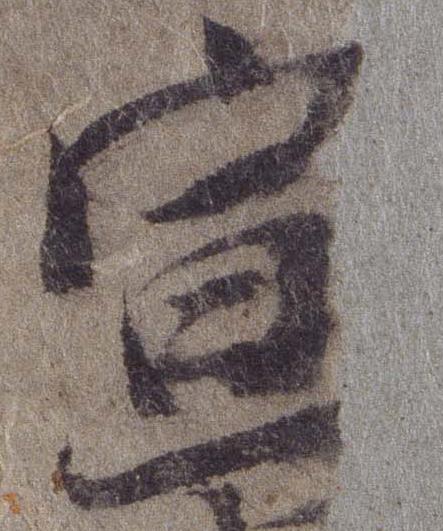
宣